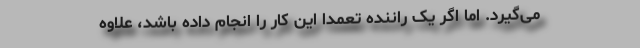
می‌گیرد. اما اگر یک راننده تعمدا این کار را انجام داده باشد، علاوه